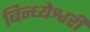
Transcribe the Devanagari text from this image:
बिन्ध्येश्वरी